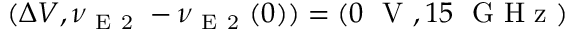
( \Delta V , \nu _ { \mathrm { ~ E ~ 2 ~ } } - \nu _ { \mathrm { ~ E ~ 2 ~ } } ( 0 ) ) = ( 0 ~ \mathrm { ~ V ~ } , 1 5 ~ \mathrm { ~ G ~ H ~ z ~ } )